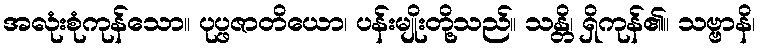
အလုံးစုံကုန်သော။ ပုပ္ဖဇာတိယော၊ ပန်းမျိုးတို့သည်။ သန္တိ၊ ရှိကုန်၏။ သဗ္ဗာနိ၊